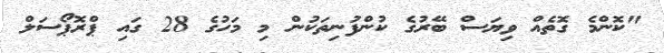
"ކޮންމެ ގޮތެއް ވިޔަސް ބޭރުގެ ކުންފުނިތަކުން މި މަހުގެ 28 ގައި ޕްރޮޕޯސަލް